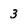
Character: 3